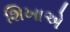
શિખાએ